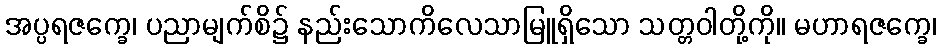
အပ္ပရဇက္ခေ၊ ပညာမျက်စိ၌ နည်းသောကိလေသာမြူရှိသော သတ္တဝါတို့ကို။ မဟာရဇက္ခေ၊